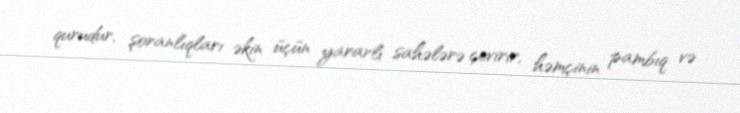
qurudur, şoranlıqları əkin üçün yararlı sahələrə çevirir, həmçinin pambıq və